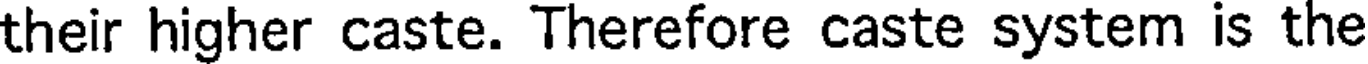
their higher caste. Therefore caste system is the